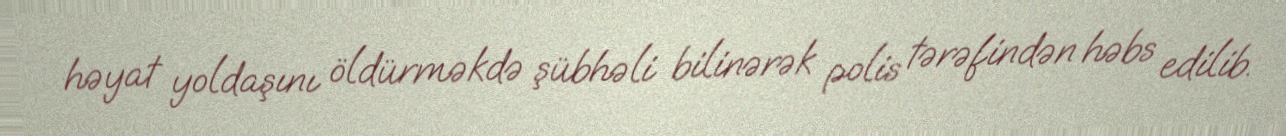
həyat yoldaşını öldürməkdə şübhəli bilinərək polis tərəfindən həbs edilib.